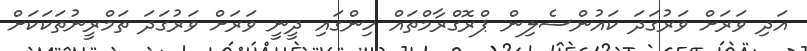
އަދި ވަރަށް ވަރުގަދަ ކައުންސެލިން ޕްރޮގްރާމްތައް ހިންގައި ދީނީ ވަރަށް ވަރުގަދަ ތަމްރީނުތަކަކަށް